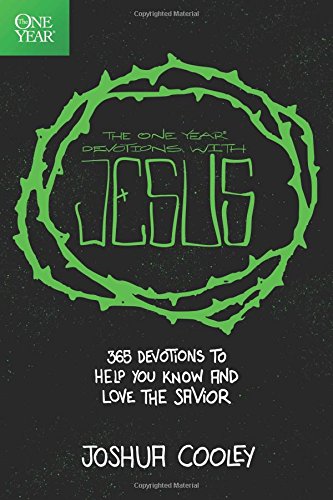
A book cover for One Year Devotions with Jesus: 365 Devotions to Help You Know and Love the Savior; Joshua Cooley; Children's Books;